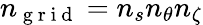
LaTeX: {n_{\mathrm{~g~r~i~d~}}}={n_{s}}{n_{\theta}}{n_{\zeta}}